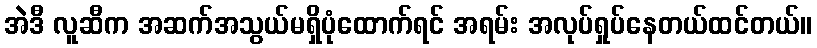
အဲဒီ လူဆီက အဆက်အသွယ်မရှိပုံထောက်ရင် အရမ်း အလုပ်ရှုပ်နေတယ်ထင်တယ်။